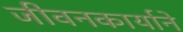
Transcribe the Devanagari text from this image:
जीवनकार्याने